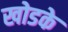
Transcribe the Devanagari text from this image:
खोडके